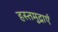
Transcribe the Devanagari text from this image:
हस्तमुद्राएँ